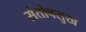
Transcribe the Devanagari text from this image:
संतोषसुख